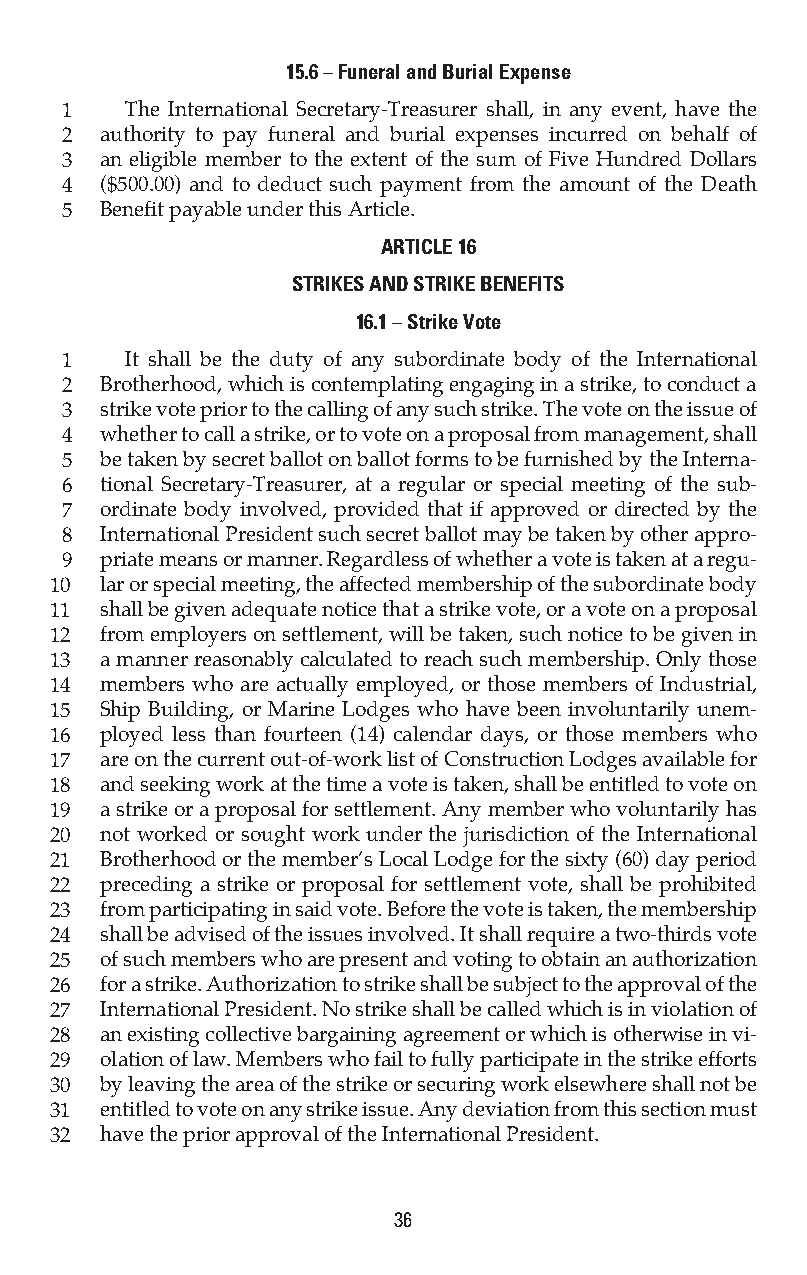
15.6 – Funeral and Burial Expense
 1   The International Secretary-Treasurer shall, in any event, have the
 2  authority to pay funeral and burial expenses incurred on behalf of
 3  an eligible member to the extent of the sum of Five Hundred Dollars
 4  ($500.00) and to deduct such payment from the amount of the Death
 5  Benefit payable under this Article.
 ARTICLE 16
 STRIKES AND STRIKE BENEFITS
 16.1 – Strike Vote
 1   It shall be the duty of any subordinate body of the International
 2  Brotherhood, which is contemplating engaging in a strike, to conduct a
 3  strike vote prior to the calling of any such strike. The vote on the issue of
 4  whether to call a strike, or to vote on a proposal from management, shall
 5  be taken by secret ballot on ballot forms to be furnished by the Interna-
 6  tional Secretary-Treasurer, at a regular or special meeting of the sub-
 7  ordinate body involved, provided that if approved or directed by the
 8  International President such secret ballot may be taken by other appro-
 9  priate means or manner. Regardless of whether a vote is taken at a regu-
 10  lar or special meeting, the affected membership of the subordinate body
 11  shall be given adequate notice that a strike vote, or a vote on a proposal
 12  from employers on settlement, will be taken, such notice to be given in
 13  a manner reasonably calculated to reach such membership. Only those
 14  members who are actually employed, or those members of Industrial,
 15  Ship Building, or Marine Lodges who have been involuntarily unem-
 16  ployed less than fourteen (14) calendar days, or those members who
 17  are on the current out-of-work list of Construction Lodges available for
 18  and seeking work at the time a vote is taken, shall be entitled to vote on
 19  a strike or a proposal for settlement. Any member who voluntarily has
 20  not worked or sought work under the jurisdiction of the International
 21  Brotherhood or the member’s Local Lodge for the sixty (60) day period
 22  preceding a strike or proposal for settlement vote, shall be prohibited
 23  from participating in said vote. Before the vote is taken, the membership
 24  shall be advised of the issues involved. It shall require a two-thirds vote
 25  of such members who are present and voting to obtain an authorization
 26  for a strike. Authorization to strike shall be subject to the approval of the
 27  International President. No strike shall be called which is in violation of
 28  an existing collective bargaining agreement or which is otherwise in vi-
 29  olation of law. Members who fail to fully participate in the strike efforts
 30  by leaving the area of the strike or securing work elsewhere shall not be
 31  entitled to vote on any strike issue. Any deviation from this section must
 32  have the prior approval of the International President.
 36